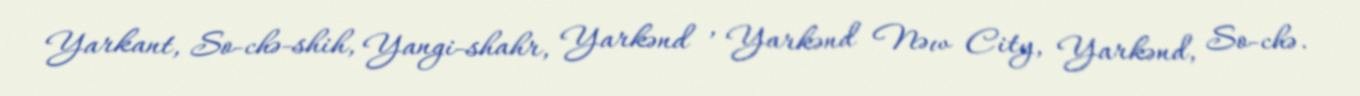
Yarkant, So-chə-shih, Yangi-shahr, Yarkənd , Yarkənd Nəw City, Yarkənd, So-chə.